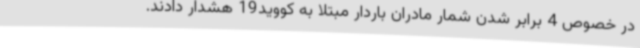
در خصوص 4 برابر شدن شمار مادران باردار مبتلا به کووید19 هشدار دادند.